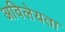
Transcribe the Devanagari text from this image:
अविलेयता